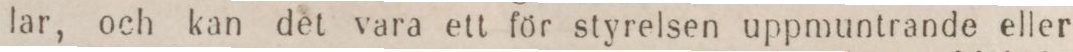
lar, och kan det vara ett för styrelsen uppmuntrande eller